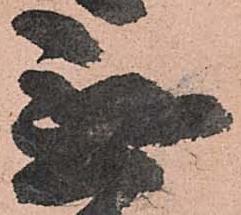
無